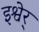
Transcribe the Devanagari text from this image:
इश्वेर्